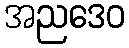
အညဒေဝ